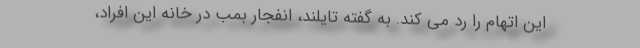
این اتهام را رد می کند. به گفته تایلند، انفجار بمب در خانه این افراد،